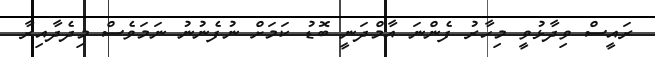
ރައީސް ވިދާޅުވީ މިހާރު ފެންނަ އާމްދަނީ ބޮޑު ކަމަށް ނުފެނުނު ނަމަވެސް މިދެދާއިރާ